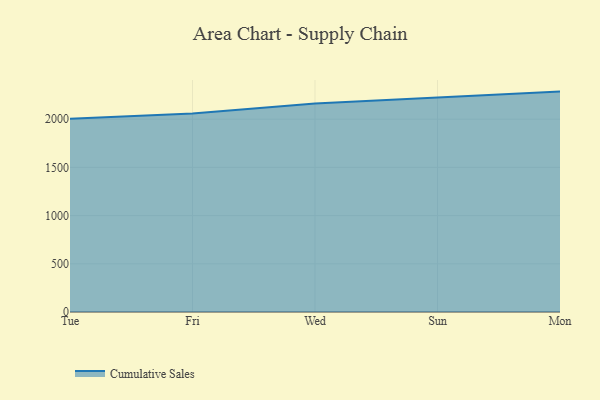
{"axis": {"x": "Day", "y": "Market Share (%)"}, "legend": ["Cumulative Sales"], "data": [{"x": "Tue", "y": 2005.6, "type": "Cumulative Sales"}, {"x": "Fri", "y": 2059.3, "type": "Cumulative Sales"}, {"x": "Wed", "y": 2163.1, "type": "Cumulative Sales"}, {"x": "Sun", "y": 2221.4, "type": "Cumulative Sales"}, {"x": "Mon", "y": 2285.9, "type": "Cumulative Sales"}]}